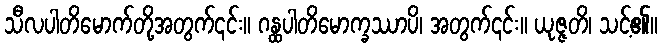
သီလပါတိမောက်တို့အတွက်၎င်း။ ဂန္ထပါတိမောက္ခဿာပိ၊ အတွက်၎င်း။ ယုဇ္ဇတိ၊ သင့်၏။